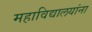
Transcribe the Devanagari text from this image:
महाविद्यालयांना